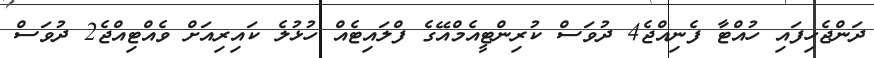
ދަންޖެހިފައި ހުއްޓާ ފެނިއްޖެ4 ދުވަސް ކުރިންޓީއެމްއޭގެ ފްލައިޓެއް ހުޅުލެ ކައިރިއަށް ވެއްޓިއްޖެ2 ދުވަސް